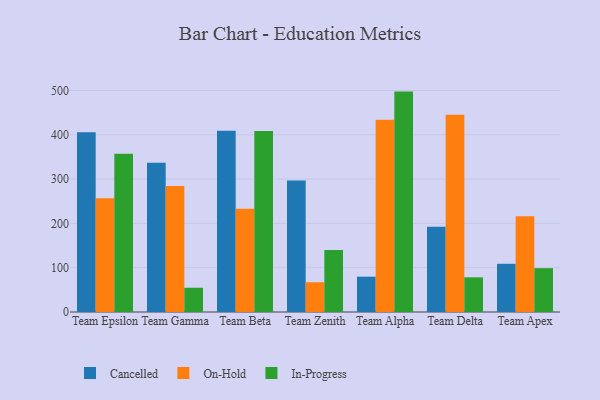
{"axis": {"x": "Team", "y": "Budget (USD K)"}, "legend": ["Cancelled", "In-Progress", "On-Hold"], "data": [{"x": "Team Epsilon", "y": 405.7, "type": "Cancelled"}, {"x": "Team Epsilon", "y": 257.0, "type": "On-Hold"}, {"x": "Team Epsilon", "y": 357.1, "type": "In-Progress"}, {"x": "Team Gamma", "y": 336.7, "type": "Cancelled"}, {"x": "Team Gamma", "y": 284.5, "type": "On-Hold"}, {"x": "Team Gamma", "y": 54.8, "type": "In-Progress"}, {"x": "Team Beta", "y": 409.1, "type": "Cancelled"}, {"x": "Team Beta", "y": 233.2, "type": "On-Hold"}, {"x": "Team Beta", "y": 408.7, "type": "In-Progress"}, {"x": "Team Zenith", "y": 296.8, "type": "Cancelled"}, {"x": "Team Zenith", "y": 67.2, "type": "On-Hold"}, {"x": "Team Zenith", "y": 139.7, "type": "In-Progress"}, {"x": "Team Alpha", "y": 79.7, "type": "Cancelled"}, {"x": "Team Alpha", "y": 434.0, "type": "On-Hold"}, {"x": "Team Alpha", "y": 497.5, "type": "In-Progress"}, {"x": "Team Delta", "y": 192.5, "type": "Cancelled"}, {"x": "Team Delta", "y": 445.0, "type": "On-Hold"}, {"x": "Team Delta", "y": 78.3, "type": "In-Progress"}, {"x": "Team Apex", "y": 108.8, "type": "Cancelled"}, {"x": "Team Apex", "y": 216.1, "type": "On-Hold"}, {"x": "Team Apex", "y": 99.0, "type": "In-Progress"}]}